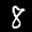
Label: 8